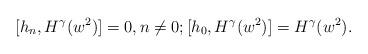
LaTeX: \begin{align*}[h_n, H^{\gamma} (w^2)]=0, n\neq 0; [h_0, H^{\gamma} (w^2)]= H^{\gamma} (w^2).\end{align*}